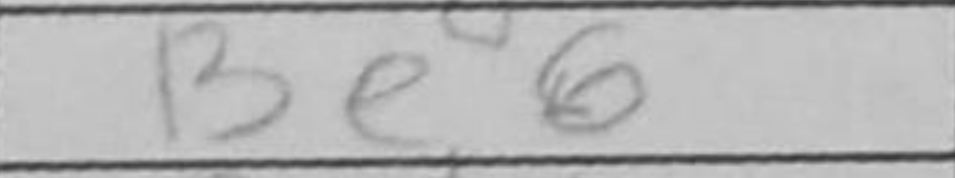
Transcription: Be6